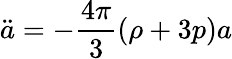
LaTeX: \ddot{a}=-{\frac{4\pi}{3}}(\rho+3p)a